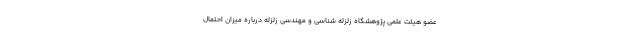
عضو هیئت علمی پژوهشگاه زلزله شناسی و مهندسی زلزله درباره میزان احتمال